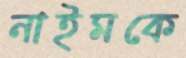
নাইমকে